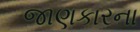
જાણકારના